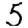
Digit: 5